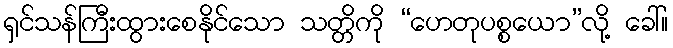
ရှင်သန်ကြီးထွားစေနိုင်သော သတ္တိကို “ဟေတုပစ္စယော”လို့ ခေါ်။